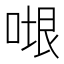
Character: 𭈷